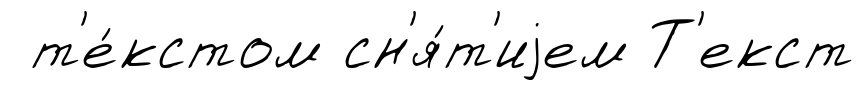
т'е́кстом сн'я́т'иjем Т'екст